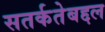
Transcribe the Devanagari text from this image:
सतर्कतेबद्दल